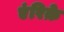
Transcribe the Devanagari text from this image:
एंरिक़े